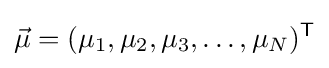
{\vec {\mu }}=(\mu _{1},\mu _{2},\mu _{3},\dots ,\mu _{N})^{\mathsf {T}}